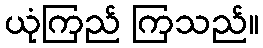
ယုံကြည် ကြသည်။